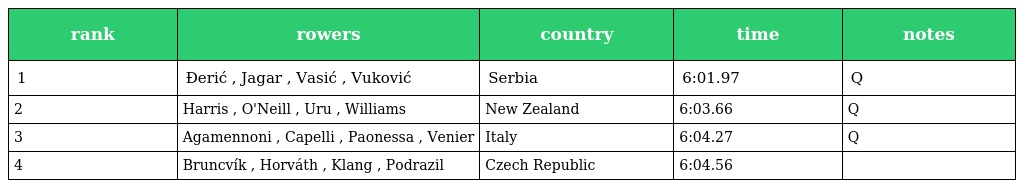
| rank | rowers | country | time | notes |
 | --- | --- | --- | --- | --- |
 | 1 | Đerić , Jagar , Vasić , Vuković | Serbia | 6:01.97 | Q |
 | 2 | Harris , O'Neill , Uru , Williams | New Zealand | 6:03.66 | Q |
 | 3 | Agamennoni , Capelli , Paonessa , Venier | Italy | 6:04.27 | Q |
 | 4 | Bruncvík , Horváth , Klang , Podrazil | Czech Republic | 6:04.56 |  |